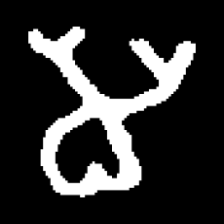
Pyu character \u2014 Myanmar letter: မ (romanized: ma)